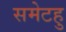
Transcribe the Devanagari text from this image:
समेटहु